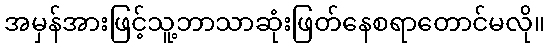
အမှန်အားဖြင့်သူ့ဘာသာဆုံးဖြတ်နေစရာတောင်မလို။